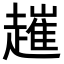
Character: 𧽠